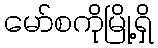
မော်စကိုမြို့ရှိ